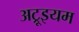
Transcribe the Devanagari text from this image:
अट्रूइयम